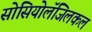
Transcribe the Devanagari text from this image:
सोसियोलॅजिलकल